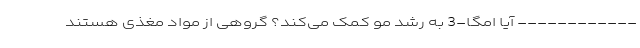
------------ آیا امگا-3 به رشد مو کمک می‌کند؟ گروهی از مواد مغذی هستند